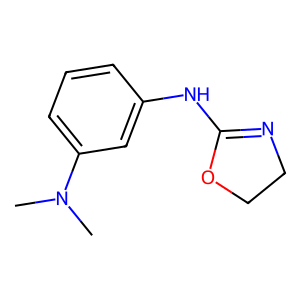
SMILES: CN(C)c1cccc(NC2=NCCO2)c1
Inhibits HIV replication: No